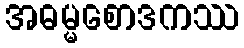
အဓမ္မစောဒကဿ